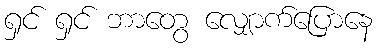
ရှင် ရှင် ဘာတွေ လျှောက်ပြောနေ